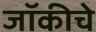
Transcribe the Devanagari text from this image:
जॉकीचे